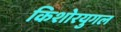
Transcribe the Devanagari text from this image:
किशोरयुगल